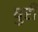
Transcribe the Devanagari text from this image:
घुरी